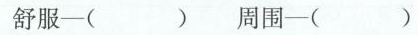
舒服——( ) 周围——( )